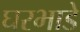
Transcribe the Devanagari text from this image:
घरभाडे